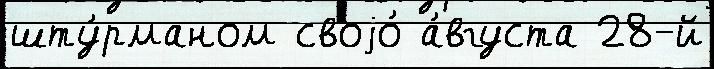
шту́рманом своjо́ а́вгуста 28-й